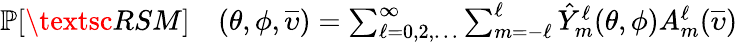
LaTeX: \begin{array}{rl}{\mathbb{P}[\textsc{RSM}]}&{{}(\theta,\phi,\overline{{\upsilon}})=\sum_{\ell=0,2,\ldots}^{\infty}\sum_{m=-\ell}^{\ell}\hat{Y}_{m}^{\ell}(\theta,\phi)A_{m}^{\ell}(\overline{{\upsilon}})}\end{array}